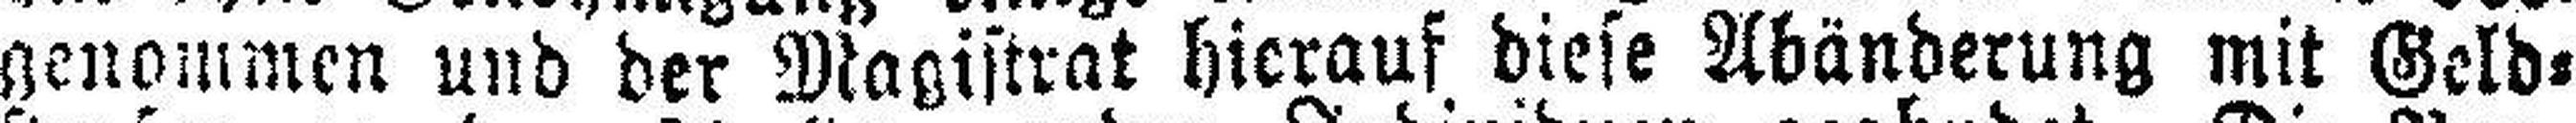
genommen und der Magistrat hierauf diese Abänderung mit Geld¬